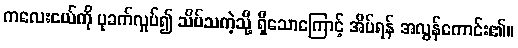
ကလေးငယ်ကို ပုခက်လှုပ်၍ သိပ်သကဲ့သို့ ရှိသောကြောင့် အိပ်ရန် အလွန်ကောင်း၏။